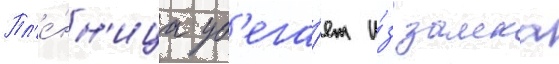
Пл'е́нн'ица уб'ега́ет и́з замка